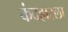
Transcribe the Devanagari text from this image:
कंदहारला